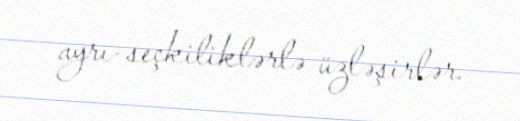
ayrı-seçkiliklərlə üzləşirlər.